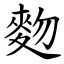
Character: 䴯